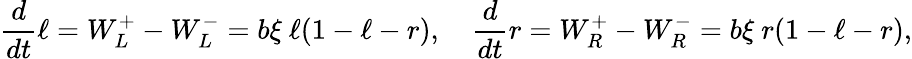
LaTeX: \frac{d}{dt}\ell=W_{L}^{+}-W_{L}^{-}=b\xi~\ell(1-\ell-r),\quad\frac{d}{dt}r=W_{R}^{+}-W_{R}^{-}=b\xi~r(1-\ell-r),